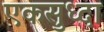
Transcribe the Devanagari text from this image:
एकसुध्दा